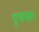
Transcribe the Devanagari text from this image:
पृथक्तः